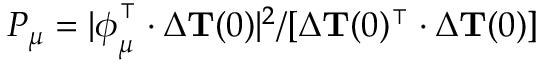
P _ { \mu } = | \boldsymbol { \phi } _ { \mu } ^ { \intercal } \cdot \Delta { \mathbf { T } } ( 0 ) | ^ { 2 } / [ \Delta { \mathbf { T } } ( 0 ) ^ { \intercal } \cdot \Delta { \mathbf { T } } ( 0 ) ]